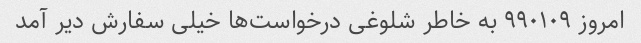
امروز ۹۹۰۱۰۹ به خاطر شلوغی درخواست‌ها خیلی سفارش دیر آمد